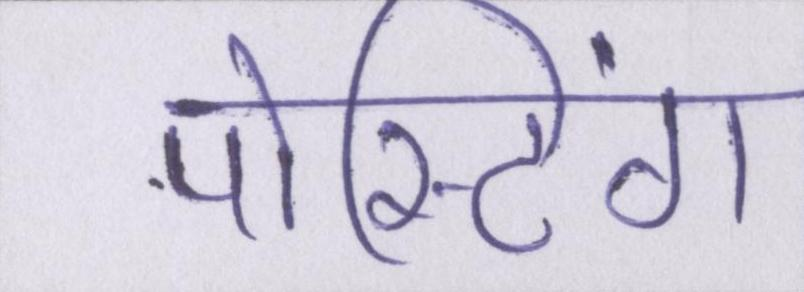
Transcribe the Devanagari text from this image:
पोस्टिंग